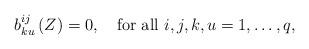
LaTeX: \begin{align*} b_{ku}^{ij}\left(Z\right)=0, \quad \mbox{for all $i,j,k,u=1,\dots,q$,} \end{align*}